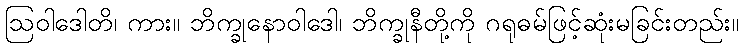
ဩဝါဒေါတိ၊ ကား။ ဘိက္ခုနောဝါဒေါ၊ ဘိက္ခုနီတို့ကို ဂရုဓမ်ဖြင့်ဆုံးမခြင်းတည်း။